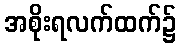
အစိုးရလက်ထက်၌